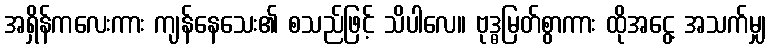
အရှိန်ကလေးကား ကျန်နေသေး၏ စသည်ဖြင့် သိပါလေ။ ဗုဒ္ဓမြတ်စွာကား ထိုအငွေ့ အသက်မျှ